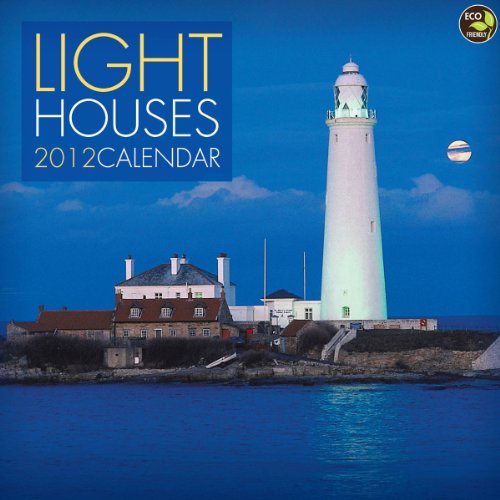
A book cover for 2012 Lighthouses Mini Calendar; TF Publishing; Calendars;